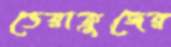
ভেরাক্রুজের